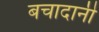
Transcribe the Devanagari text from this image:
बचादानी